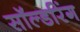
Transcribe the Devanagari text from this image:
सॉल्डरिंग